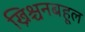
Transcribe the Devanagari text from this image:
ख्रिश्चनबहूल